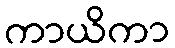
ကာယိကာ